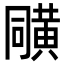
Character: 𪎼